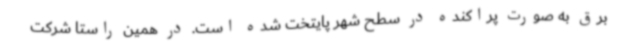
برق به صورت پراکنده در سطح شهر پایتخت شده است. در همین راستا شرکت